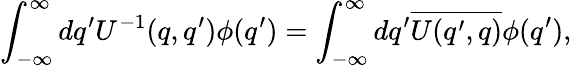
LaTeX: \int_{-\infty}^{\infty}dq^{\prime}U^{-1}(q,q^{\prime})\phi(q^{\prime})=\int_{-\infty}^{\infty}dq^{\prime}\overline{{{U(q^{\prime},q)}}}\phi(q^{\prime}),